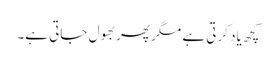
کچھ یاد کرتی ہے مگر پھر بھول جاتی ہے۔